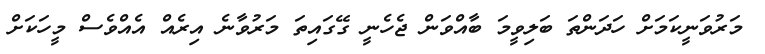
މަރުވަނީކަމަށް ހަދަންތަ ބަލިވީމަ ބާއްވަން ޖެހެނީ ގޭގައިތަ މަރުވާނެ އިރެއް އެއްވެސް މީހަކަށް